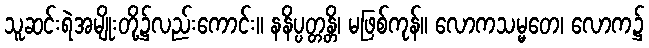
သူဆင်းရဲအမျိုးတို့၌လည်းကောင်း။ နနိပ္ပတ္တန္တိ၊ မဖြစ်ကုန်။ လောကသမ္မတေ၊ လောက၌